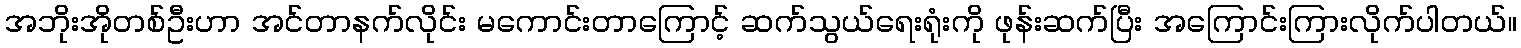
အဘိုးအိုတစ်ဦးဟာ အင်တာနက်လိုင်း မကောင်းတာကြောင့် ဆက်သွယ်ရေးရုံးကို ဖုန်းဆက်ပြီး အကြောင်းကြားလိုက်ပါတယ်။